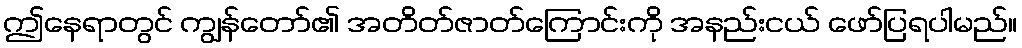
ဤနေရာတွင် ကျွန်တော်၏ အတိတ်ဇာတ်ကြောင်းကို အနည်းငယ် ဖော်ပြရပါမည်။